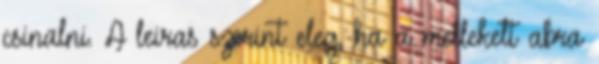
csinalni. A leiras szerint eleg, ha a mellekelt abra